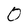
Character: 0